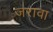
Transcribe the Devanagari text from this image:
जरावा